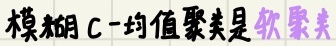
模糊C-均值聚类是软聚类